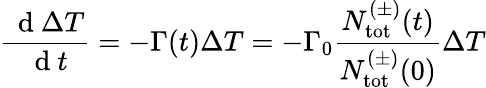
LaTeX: \frac{\, \mathrm{~d~}\Delta T}{\, \mathrm{~d~}t}=-\Gamma(t)\Delta T=-\Gamma_{0}\frac{N_{\mathrm{{tot}}}^{(\pm)}(t)}{N_{\mathrm{{tot}}}^{(\pm)}(0)}\Delta T